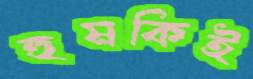
হুমকিই